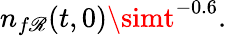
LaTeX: n_{f\mathscr{R}}(t,0)\simt^{-0.6}.